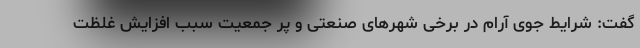
گفت: شرایط جوی آرام در برخی شهرهای صنعتی و پر جمعیت سبب افزایش غلظت